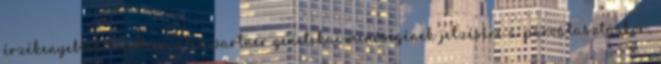
érzékenyebbek a potenciális partner genetikai minőségének jelzésére a párválasztáskor,